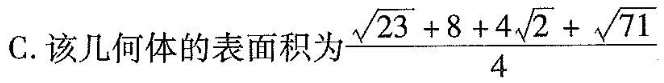
C.该几何体的表面积 \frac{ \sqrt{23}+8+4 \sqrt{2}+ \sqrt{71}}{4}